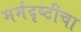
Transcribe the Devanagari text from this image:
मर्मदृष्टीचा